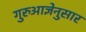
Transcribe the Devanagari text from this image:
गुरुआज्ञेनुसार